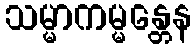
သမ္မာကမ္မန္တေန